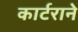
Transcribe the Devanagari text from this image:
कार्टराने